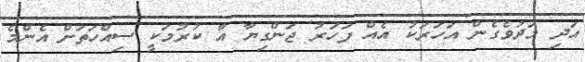
އަދި މަދުވެގެން އަހަރަކު އެއް ފަހަރު ޖަންގިޔާ އާ ކުރުމަކީ ސިއްހަތަށް އެންމެ